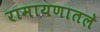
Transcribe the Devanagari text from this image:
रामायणातले